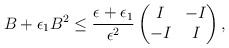
LaTeX: \begin{align*}B+\epsilon_1B^2\leq \frac{\epsilon+\epsilon_1}{\epsilon^2}\begin{pmatrix} I & -I \\ -I & I\end{pmatrix},\end{align*}